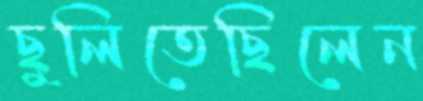
ছুলিতেছিলেন